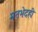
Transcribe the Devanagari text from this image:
मतभेदही